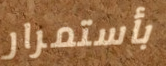
بأستمرار